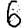
Digit: 6